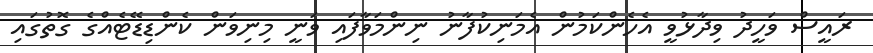
ރައީސް ވަހީދު ވިދާޅުވީ އެހެންކަމުން އެމަނިކުފާނު ނިންމަވާފައި ވަނީ މިނިވަން ކެންޑިޑޭޓެއްގެ ގޮތުގައި